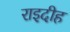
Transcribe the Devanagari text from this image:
राइदीह